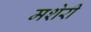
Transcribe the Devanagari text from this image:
मशेरी